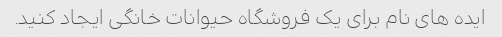
ایده های نام برای یک فروشگاه حیوانات خانگی ایجاد کنید.